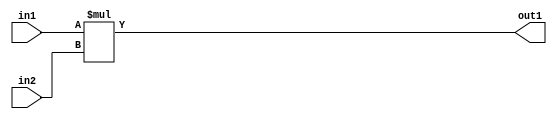
`timescale 1ps / 1ps
/*****************************************************************************
    Verilog RTL Description
    
    
    Created by: Stratus DpOpt 2019.1.01 
*******************************************************************************/

module DC_Filter_Mul_2Ux2U_4U_1 (
	in2,
	in1,
	out1
	); /* architecture "behavioural" */ 
input [1:0] in2,
	in1;
output [3:0] out1;
wire [3:0] asc001;

assign asc001 = 
	+(in1 * in2);

assign out1 = asc001;
endmodule

/* CADENCE  urj1Tgw= : u9/ySgnWtBlWxVPRXgAZ4Og= ** DO NOT EDIT THIS LINE ******/